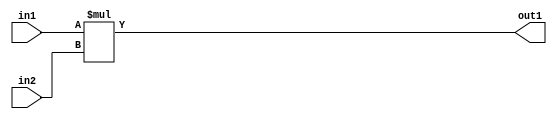
`timescale 1ps / 1ps
/*****************************************************************************
    Verilog RTL Description
    
    
    Created by: Stratus DpOpt 2019.1.01 
*******************************************************************************/

module DC_Filter_Mul_2Ux2U_4U_1 (
	in2,
	in1,
	out1
	); /* architecture "behavioural" */ 
input [1:0] in2,
	in1;
output [3:0] out1;
wire [3:0] asc001;

assign asc001 = 
	+(in1 * in2);

assign out1 = asc001;
endmodule

/* CADENCE  urj1Tgw= : u9/ySgnWtBlWxVPRXgAZ4Og= ** DO NOT EDIT THIS LINE ******/